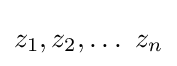
z_{1},z_{2},\dots \ z_{n}